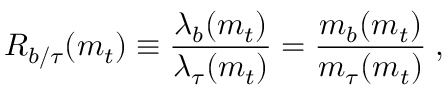
R _ { b / \tau } ( m _ { t } ) \equiv { \frac { \lambda _ { b } ( m _ { t } ) } { \lambda _ { \tau } ( m _ { t } ) } } = { \frac { m _ { b } ( m _ { t } ) } { m _ { \tau } ( m _ { t } ) } } \; ,